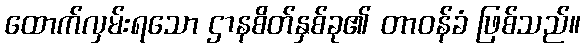
ထောက်လှမ်းရသော ဌာနစိတ်နှစ်ခု၏ တာဝန်ခံ ဖြစ်သည်။